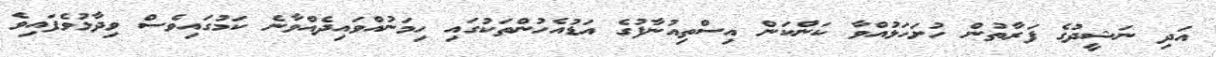
އަދި ނަޝީދުގެ ފަރާތުން ހުށަހަޅުއްވާ ކަންކަން އިސްތިއުނާފުގެ އަޑުއެހުންތަކުގައި ހިމަނުއްވައިދެއްވާނެ ކަމުގައިވެސް ވިދާޅުވެފައިވެ